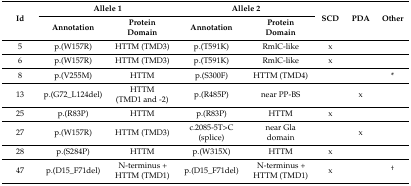
| <ROWSPAN=2> Id | <COLSPAN=2> Allele 1 | <COLSPAN=2> Allele 2 | <ROWSPAN=2> SCD | <ROWSPAN=2> PDA | <ROWSPAN=2> Other |
 | Annotation | Protein Domain | Annotation | Protein Domain |
 | --- | --- | --- | --- | --- | --- | --- | --- |
 | 5 | p.(W157R) | HTTM (TMD3) | p.(T591K) | RmlC-like | x |  |  |
 | 6 | p.(W157R) | HTTM (TMD3) | p.(T591K) | RmlC-like | x |  |  |
 | 8 | p.(V255M) | HTTM | p.(S300F) | HTTM (TMD4) |  |  | * |
 | 13 | p.(G72_L124del) | HTTM (TMD1 and -2) | p.(R485P) | near PP-BS |  | x |  |
 | 25 | p.(R83P) | HTTM | p.(R83P) | HTTM | x |  |  |
 | 27 | p.(W157R) | HTTM (TMD3) | c.2085-5T>C (splice) | near Gla domain |  | x |  |
 | 28 | p.(S284P) | HTTM | p.(W315X) | HTTM | x |  |  |
 | 47 | p.(D15_F71del) | N-terminus + HTTM (TMD1) | p.(D15_F71del) | N-terminus + HTTM (TMD1) | x |  | † |